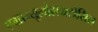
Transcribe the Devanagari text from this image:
एग्रान्यूलोसयटोसिस